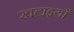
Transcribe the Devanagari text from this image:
खटाइयाँ